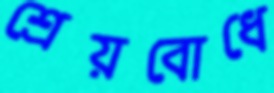
শ্রেয়বোধে